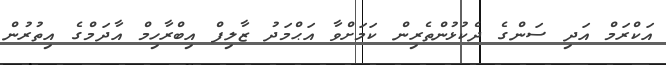
އަކްރަމް އަދި ސަންގެ ދެކުޅުންތެރިން ކަމަށްވާ އަޙްމަދު ޒާލިފް އިބްރާހިމް އާދަމްގެ އިތުރުން